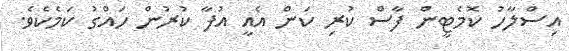
އިސްލާހު ކޮމެޓީން ފާސް ކުރި ކަން އެއީ އުފާ ކުރުން ހައްގު ކަމެކެވެ.